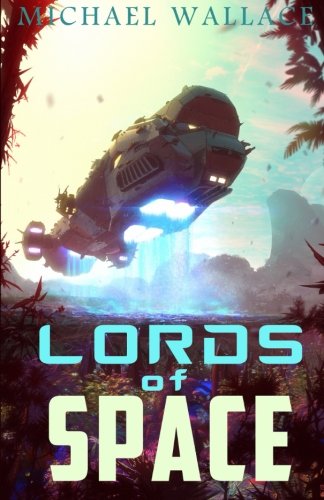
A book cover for Lords of Space (Starship Blackbeard) (Volume 2); Michael Wallace; Science Fiction & Fantasy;